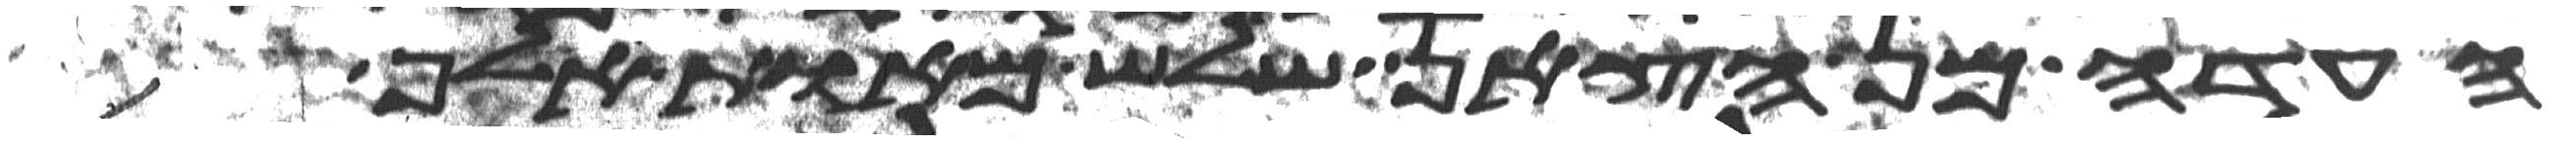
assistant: העדה מן הצאן שלש מאות אלף